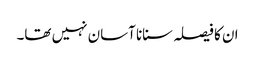
ان کا فیصلہ سنانا آسان نہیں تھا۔